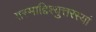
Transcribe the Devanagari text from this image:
तस्माद्दिश्युत्तरस्यां